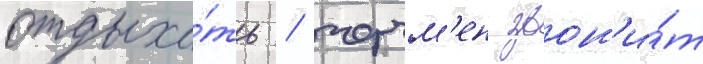
отдыха́ть / черчм'ен звон'и́т